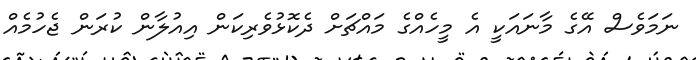
ނަމަވެސް އޭގެ މާނައަކީ އެ މީހެއްގެ މައްޗަށް ދެކޮޅުވެރިކަން އިއުލާން ކުރަން ޖެހުމެއް